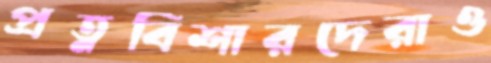
প্রত্নবিশারদেরাও